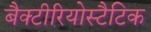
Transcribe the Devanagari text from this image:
बैक्टीरियोस्टैटिक